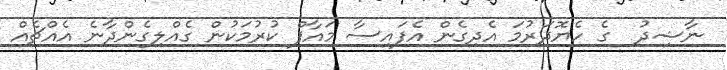
ނާޝިދު  ގެ ހެޔޮދަރުމަ އެދިގެން އެފައިސާ މައާފް ކުރުމަކުން ގެއްލިގެންދާނެ އެއްޗެއް